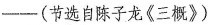
——-(节选自陈子龙《三概》)